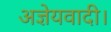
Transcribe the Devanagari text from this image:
अज्ञेयवादी।